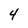
Character: 4